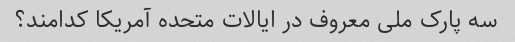
سه پارک ملی معروف در ایالات متحده آمریکا کدامند؟